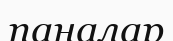
паналар